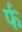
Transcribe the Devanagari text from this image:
र्फ